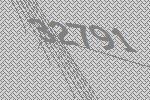
32791